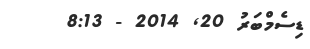
ޑިސެމްބަރު 20